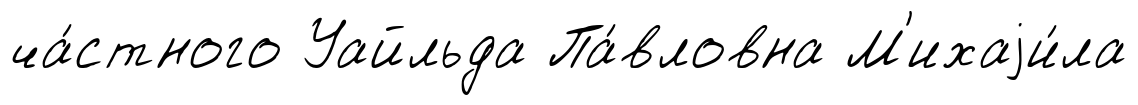
ча́стного Уайльда Па́вловна М'ихаjи́ла